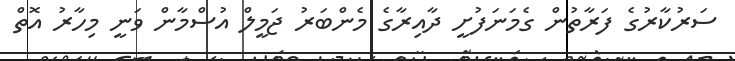
ސަރުކާރުގެ ފަރާތުން ގެމަނަފުށީ ދާއިރާގެ މެންބަރު ޖަމީލް އުސްމާން ވަނީ މިހާރު އޮތް